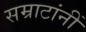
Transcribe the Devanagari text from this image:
सम्राटांनीं